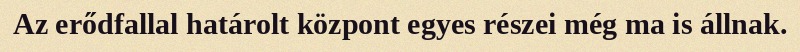
Az erődfallal határolt központ egyes részei még ma is állnak.